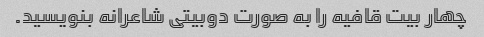
چهار بیت قافیه را به صورت دوبیتی شاعرانه بنویسید.